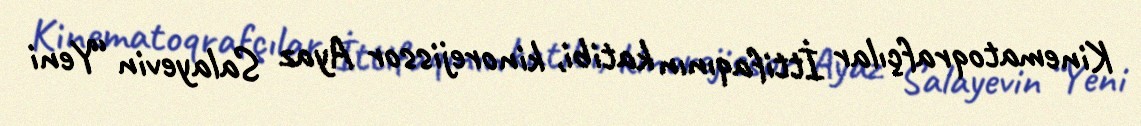
Kinematoqrafçılar İttifaqının katibi, kinorejissor Ayaz Salayevin “Yeni